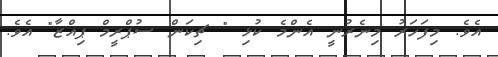
އެވެ. މިފަހަރު މިނެރުނީ އެންމެ ކުޅި " ޗިކަން ސުޕްރީމް ޕިއްޒާ" އެވެ.